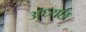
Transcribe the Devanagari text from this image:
अध्यछ